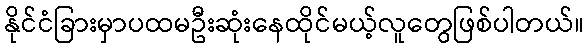
နိုင်ငံခြားမှာပထမဦးဆုံးနေထိုင်မယ့်လူတွေဖြစ်ပါတယ်။